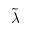
\widetilde { \lambda }